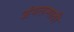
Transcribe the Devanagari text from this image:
जंगलमाती